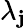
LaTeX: \lambda_{\mathbf{j}}